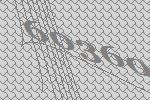
60360